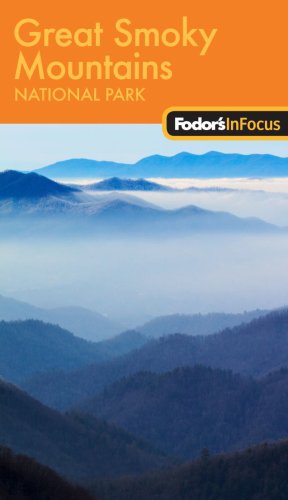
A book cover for Fodor's In Focus Great Smoky Mountains National Park, 1st Edition (Travel Guide); Fodor's; Travel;